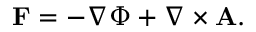
\mathbf { F } = - \nabla \Phi + \nabla \times \mathbf { A } .